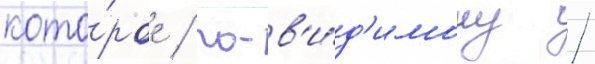
кото́рое / по-в'и́д'имому /